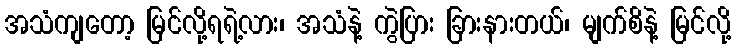
အသံကျတော့ မြင်လို့ရရဲ့လား၊ အသံနဲ့ ကွဲပြား ခြားနားတယ်၊ မျက်စိနဲ့ မြင်လို့